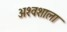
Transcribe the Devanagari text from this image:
अश्‍वशाला